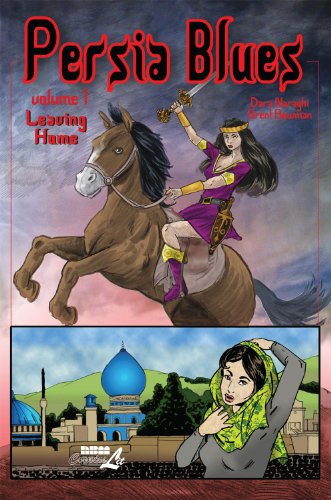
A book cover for Persia Blues, Volume 1: Leaving Home; Dara Naraghi; Comics & Graphic Novels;